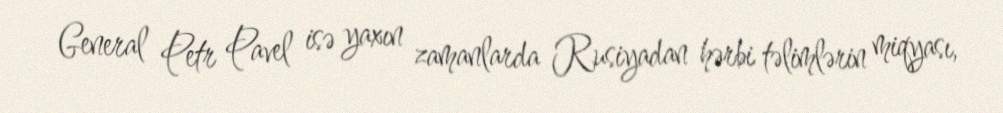
General Petr Pavel isə yaxın zamanlarda Rusiyadan hərbi təlimlərin miqyası,